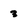
Character: 3